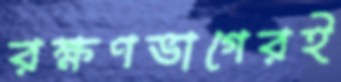
রক্ষণভাগেরই